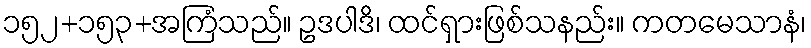
၁၅၂+၁၅၃+အကြံသည်။ ဥဒပါဒိ၊ ထင်ရှားဖြစ်သနည်း။ ကတမေသာနံ၊